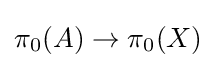
\pi _{0}(A)\to \pi _{0}(X)